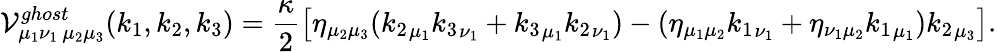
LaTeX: {\cal V}_{{\mu_{1}}{\nu_{1}}\, {\mu_{2}}{\mu_{3}}}^{ghost}(k_{1},k_{2},k_{3})=\frac\kappa 2\left[\eta_{{\mu_{2}}{\mu_{3}}}({k_{2}}_{\mu_{1}}{k_{3}}_{\nu_{1}}+{k_{3}}_{\mu_{1}}{k_{2}}_{\nu_{1}})-(\eta_{{\mu_{1}}{\mu_{2}}}{k_{1}}_{\nu_{1}}+\eta_{{\nu_{1}}{\mu_{2}}}{k_{1}}_{\mu_{1}}){k_{2}}_{\mu_{3}}\right].